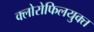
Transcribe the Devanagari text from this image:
क्लोरोफिलयुक्त